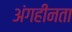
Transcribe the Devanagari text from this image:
अंगहीनता